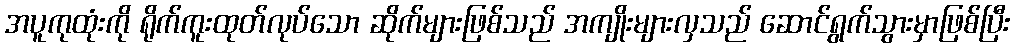
အပူကုထုံးကို ရိုက်ကူးထုတ်လုပ်သော ဆိုက်များဖြစ်သည် အကျိုးများလှသည် ဆောင်ရွက်သွားမှာဖြစ်ပြီး